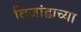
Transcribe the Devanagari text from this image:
बिजांडाच्या